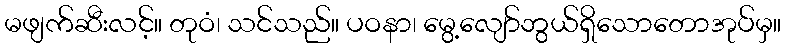
မဖျက်ဆီးလင့်။ တုဝံ၊ သင်သည်။ ပဝနာ၊ မွေ့လျော်ဘွယ်ရှိသောတောအုပ်မှ။